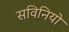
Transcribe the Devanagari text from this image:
सविनियो